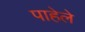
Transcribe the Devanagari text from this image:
पाहेले